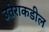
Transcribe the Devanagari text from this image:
उतेराकडील